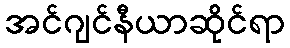
အင်ဂျင်နီယာဆိုင်ရာ